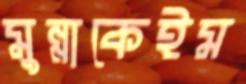
মুন্নাকেইম